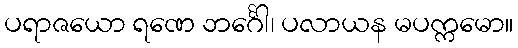
ပရာဇယော ရဏေ ဘင်္ဂေါ၊ ပလာယန မပက္ကမော။